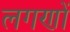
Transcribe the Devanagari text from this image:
लगणों